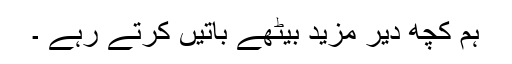
ہم کچھ دیر مزید بیٹھے باتیں کرتے رہے ۔